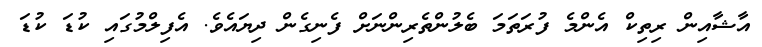
އާޝާއިން ރިތިކް އެންމެ ފުރަތަމަ ބެލުންތެރިންނަށް ފެނިގެން ދިޔައެވެ. އެފިލްމުގައި ކުޑަ ކުޑަ